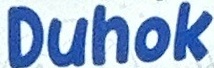
Duhok